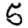
Digit: 5